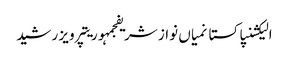
الیکشنپاکستانمیاں نواز شریفجمہوریتپرویز رشید